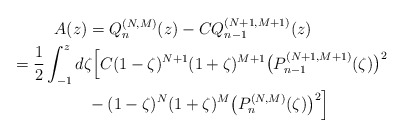
\begin{gather*} A(z) = Q_{n}^{(N,M) }(z) -CQ_{n-1}^{( N+1,M+1) }(z) \\ \hphantom{A(z)}{} = \frac{1}{2}\int_{-1}^{z}d\zeta \Big[ C(1-\zeta) ^{N+1}(1+\zeta) ^{M+1} \big( P_{n-1}^{(N+1,M+1) }(\zeta) \big) ^{2}\\ \hphantom{A(z)=}{} -(1-\zeta) ^{N} ( 1+\zeta ) ^{M}\big( P_{n}^{(N,M) }(\zeta) \big)^{2}\Big]\end{gather*}